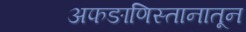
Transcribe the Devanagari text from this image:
अफङाणिस्तानातून